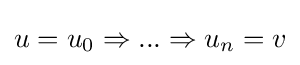
u=u_{0}\Rightarrow ...\Rightarrow u_{n}=v